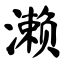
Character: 濑